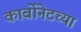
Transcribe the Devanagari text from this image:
कार्बोनेटच्या